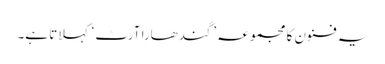
یہ فنون کا مجموعہ ’گندھارا آرٹ‘ کہلاتا ہے۔